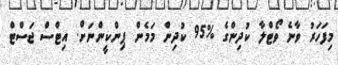
މިފަހަރު ވާނެ ވޯޓްލާ ކުދިންގެ %95 ކުދިން މަމެން ޕިންކީންނަށް. އިޓްސް ޖަސްޓް